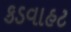
કડવાહટ